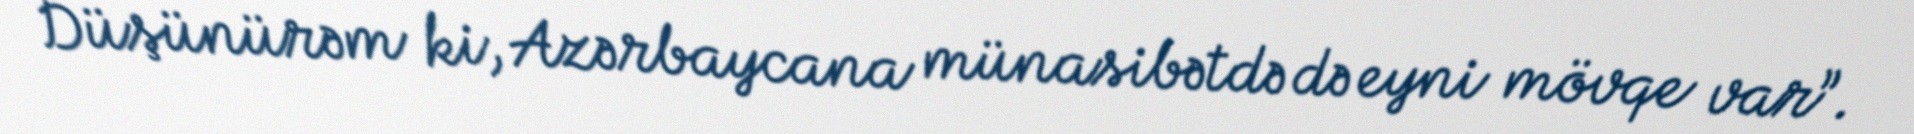
Düşünürəm ki, Azərbaycana münasibətdə də eyni mövqe var”.